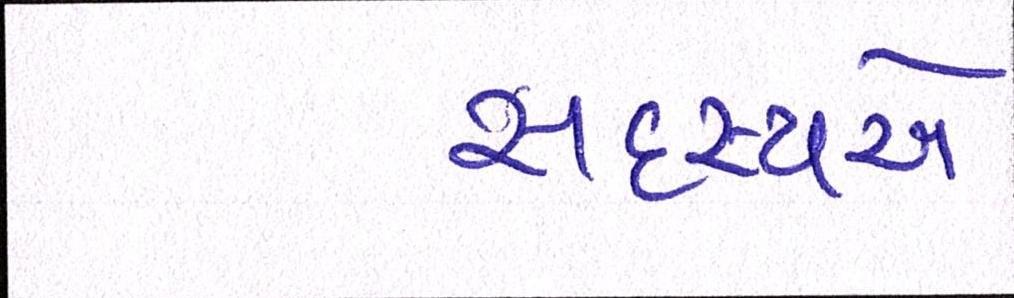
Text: સદસ્યએ